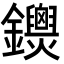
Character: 𨰐